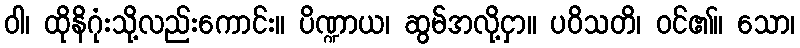
ဝါ၊ ထိုနိဂုံးသို့လည်းကောင်း။ ပိဏ္ဍာယ၊ ဆွမ်အလို့ငှာ။ ပဝိသတိ၊ ဝင်၏။ သော၊